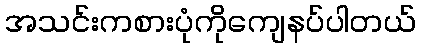
အသင်းကစားပုံကိုကျေနပ်ပါတယ်